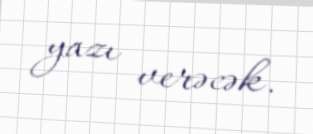
yazı verəcək.